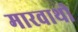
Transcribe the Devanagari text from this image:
मारवाथी